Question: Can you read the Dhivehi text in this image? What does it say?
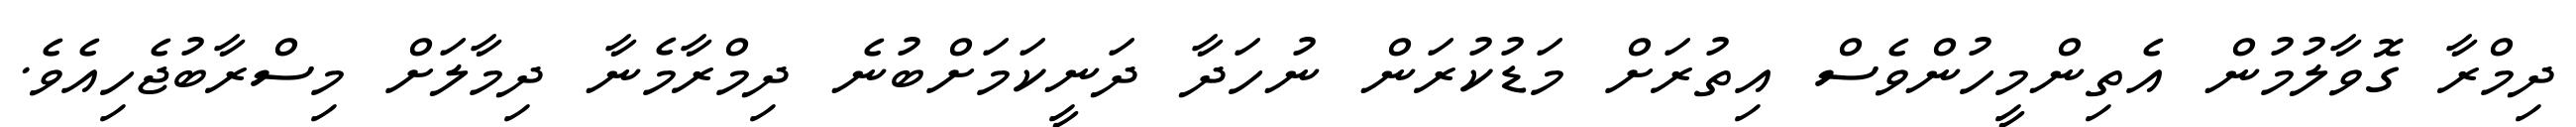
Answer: ދިމްރާ ގޮވާލުމުން އެތިންމީހުންވެސް އިތުރަށް މަޑުކުރަން ނުހަދާ ދަނީކަމަށްބުނެ ދިމްރާމެނާ ދިމާލަށް މިސްރާބުޖެހިއެވެ.